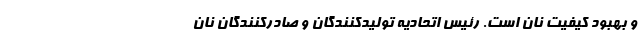
و بهبود کیفیت نان است. رئیس اتحادیه تولیدکنندگان و صادرکنندگان نان